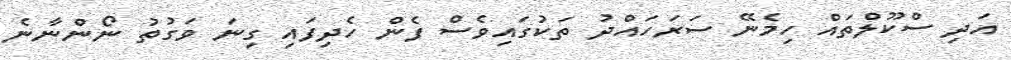
އަދި ސްކޫލްތައް ހިމެނޭ ސަރަހައްދު ތަކުގައިވެސް ފެން ހެދިފައި ގިނަ ވަގުތު ނޯންނާނެ